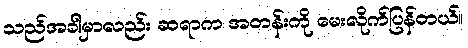
သည်အခါမှာလည်း ဆရာက အတန်းကို မေးလိုက်ပြန်တယ်။